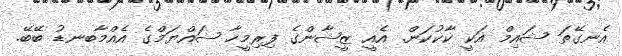
އެނގޭތަ ޝައިމް އަކީ ކާކުކަން. އެއީ ޒީޝާންގެ ފިރިމީހާ ޝައްޔަމްގެ އެއްމާބނޑު ބޭބޭ.